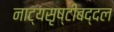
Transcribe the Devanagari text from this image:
नाट्यसृष्टीबद्दल